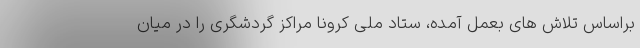
براساس تلاش های بعمل آمده، ستاد ملی کرونا مراکز گردشگری را در میان